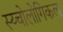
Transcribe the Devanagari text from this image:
स्य्चोलोगिकल